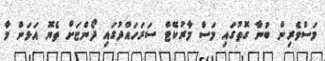
މަސްވެރިން ބުނާ ގޮތުގައި މަސް މާރުކޭޓް ސަރަހައްދުގައި ދޯންޏަށް ތެޔޮ އަޅަން މާ